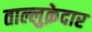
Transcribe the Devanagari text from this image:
ताल्लुक़ेदार